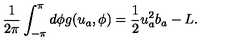
\frac { 1 } { 2 \pi } \int _ { - \pi } ^ { \pi } d \phi g ( u _ { a } , \phi ) = \frac { 1 } { 2 } u _ { a } ^ { 2 } b _ { a } - L .